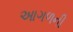
આગળની